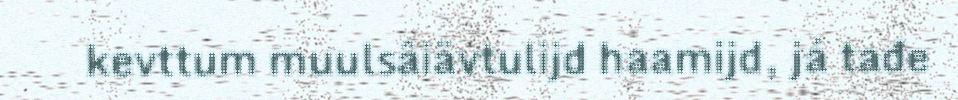
kevttum muulsâiävtulijd haamijd, já tađe